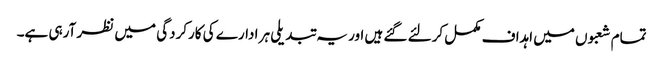
تمام شعبوں میں اہداف مکمل کرلئے گئے ہیں اور یہ تبدیلی ہر ادارے کی کارکردگی میں نظر آرہی ہے۔